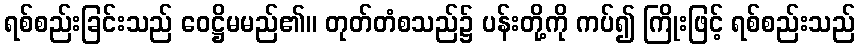
ရစ်စည်းခြင်းသည် ဝေဋ္ဌိမမည်၏။ တုတ်တံစသည်၌ ပန်းတို့ကို ကပ်၍ ကြိုးဖြင့် ရစ်စည်းသည်